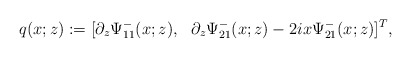
\begin{align*}q(x;z):= [ \partial_z \Psi^-_{11} (x;z), \ \ \partial_z \Psi^-_{21}(x;z)-2 i x \Psi^-_{21}(x;z)]^T,\end{align*}